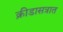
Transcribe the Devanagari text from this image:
क्रीडासत्रात